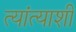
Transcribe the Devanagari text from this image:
त्यांत्याशी